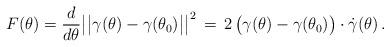
LaTeX: \begin{align*}F(\theta)=\frac{d}{d\theta}\big|\big|\gamma(\theta)-\gamma(\theta_0)\big|\big|^2\,=\,2 \,\big(\gamma(\theta) - \gamma(\theta_0)\big)\cdot\dot{\gamma}(\theta)\,.\end{align*}